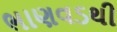
ભાણવડથી